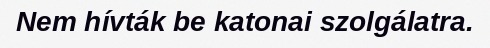
Nem hívták be katonai szolgálatra.